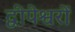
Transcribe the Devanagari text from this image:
द्वीपेश्वरों